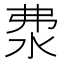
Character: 𣲴